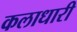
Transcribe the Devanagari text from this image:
कलाधारी